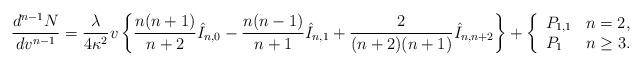
LaTeX: \begin{align*} \frac{d^{n-1}N}{dv^{n-1}}=\frac{\lambda}{4\kappa^2}v\left\{\frac{n(n+1)}{n+2}\hat{I}_{n,0}-\frac{n(n-1)}{n+1}\hat{I}_{n,1}+\frac{2}{(n+2)(n+1)}\hat{I}_{n,n+2}\right\}+\left\{ \begin{array}{ll} P_{1,1} & n=2,\\ P_1 & n\geq 3. \end{array}\right.\end{align*}